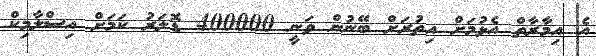
އެ އިމާރާތް އެޅުމަށް އިތުރަށް ބޭނުން ވަނީ 400000 ޑޮލަރު ކަމަށް އިސްލާމިކް